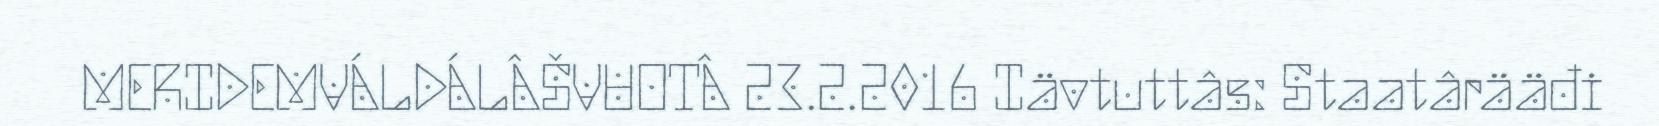
MERIDEMVÁLDÁLÂŠVUOTÂ 23.2.2016 Iävtuttâs: Staatârääđi